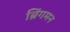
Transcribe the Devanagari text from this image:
ब्रिंगमन